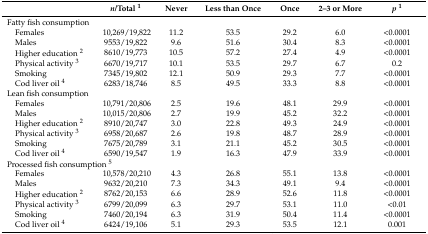
<table><thead><tr><td></td><td><b><i>n</i>/Total <sup>1</sup></b></td><td><b>Never</b></td><td><b>Less than Once</b></td><td><b>Once</b></td><td><b>2–3 or More</b></td><td><b><i>p</i><sup>1</sup></b></td></tr></thead><tbody><tr><td colspan="2">Fatty fish consumption</td><td></td><td></td><td></td><td></td><td></td></tr><tr><td> Females</td><td>10,269/19,822</td><td>11.2</td><td>53.5</td><td>29.2</td><td>6.0</td><td>&lt;0.0001</td></tr><tr><td> Males</td><td>9553/19,822</td><td>9.6</td><td>51.6</td><td>30.4</td><td>8.3</td><td>&lt;0.0001</td></tr><tr><td> Higher education <sup>2</sup></td><td>8610/19,773</td><td>10.5</td><td>57.2</td><td>27.4</td><td>4.9</td><td>&lt;0.0001</td></tr><tr><td> Physical activity <sup>3</sup></td><td>6670/19,717</td><td>10.1</td><td>53.5</td><td>29.7</td><td>6.7</td><td>0.2</td></tr><tr><td> Smoking</td><td>7345/19,802</td><td>12.1</td><td>50.9</td><td>29.3</td><td>7.7</td><td>&lt;0.0001</td></tr><tr><td> Cod liver oil <sup>4</sup></td><td>6283/18,746</td><td>8.5</td><td>49.5</td><td>33.3</td><td>8.8</td><td>&lt;0.0001</td></tr><tr><td colspan="2">Lean fish consumption</td><td></td><td></td><td></td><td></td><td></td></tr><tr><td> Females</td><td>10,791/20,806</td><td>2.5</td><td>19.6</td><td>48.1</td><td>29.9</td><td>&lt;0.0001</td></tr><tr><td> Males</td><td>10,015/20,806</td><td>2.7</td><td>19.9</td><td>45.2</td><td>32.2</td><td>&lt;0.0001</td></tr><tr><td> Higher education <sup>2</sup></td><td>8910/20,747</td><td>3.0</td><td>22.8</td><td>49.3</td><td>24.9</td><td>&lt;0.0001</td></tr><tr><td> Physical activity <sup>3</sup></td><td>6958/20,687</td><td>2.6</td><td>19.8</td><td>48.7</td><td>28.9</td><td>&lt;0.0001</td></tr><tr><td> Smoking</td><td>7675/20,789</td><td>3.1</td><td>21.1</td><td>45.2</td><td>30.5</td><td>&lt;0.0001</td></tr><tr><td> Cod liver oil <sup>4</sup></td><td>6590/19,547</td><td>1.9</td><td>16.3</td><td>47.9</td><td>33.9</td><td>&lt;0.0001</td></tr><tr><td colspan="2">Processed fish consumption <sup>5</sup></td><td></td><td></td><td></td><td></td><td></td></tr><tr><td> Females</td><td>10,578/20,210</td><td>4.3</td><td>26.8</td><td>55.1</td><td>13.8</td><td>&lt;0.0001</td></tr><tr><td> Males</td><td>9632/20,210</td><td>7.3</td><td>34.3</td><td>49.1</td><td>9.4</td><td>&lt;0.0001</td></tr><tr><td> Higher education <sup>2</sup></td><td>8762/20,153</td><td>6.6</td><td>28.9</td><td>52.6</td><td>11.8</td><td>&lt;0.0001</td></tr><tr><td> Physical activity <sup>3</sup></td><td>6799/20,099</td><td>6.3</td><td>29.7</td><td>53.1</td><td>11.0</td><td>&lt;0.01</td></tr><tr><td> Smoking</td><td>7460/20,194</td><td>6.3</td><td>31.9</td><td>50.4</td><td>11.4</td><td>&lt;0.0001</td></tr><tr><td> Cod liver oil <sup>4</sup></td><td>6424/19,106</td><td>5.1</td><td>29.3</td><td>53.5</td><td>12.1</td><td>0.001</td></tr></tbody></table>